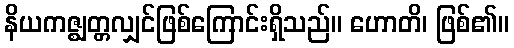
နိယကဇ္ဈတ္တလျှင်ဖြစ်ကြောင်းရှိသည်။ ဟောတိ၊ ဖြစ်၏။